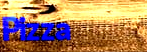
Pizza